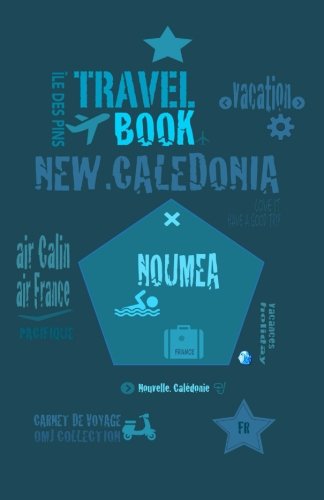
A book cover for Travel book New Caledonia: Travel journal. Traveler's notebook. Carnet de voyage Nouvelle CalÃ©donie. Diary Traveling; o m j; Travel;